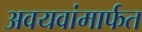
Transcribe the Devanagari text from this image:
अवयवांमार्फत